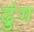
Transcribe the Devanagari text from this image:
ढुंग